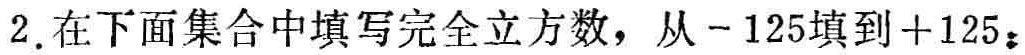
2.在下面集合中填写完全立方数，从\(-125\)填到\(+125\)：